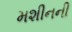
મશીનની